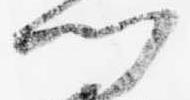
門